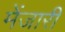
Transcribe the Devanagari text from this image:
मेंजारी